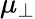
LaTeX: \mu_{\perp}